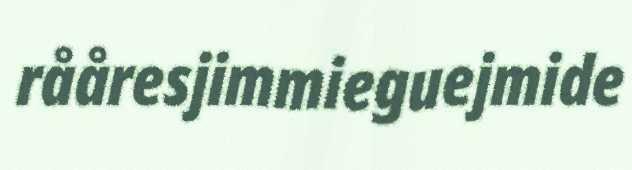
rååresjimmieguejmide